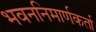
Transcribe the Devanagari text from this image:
भवननिमार्णकर्ता